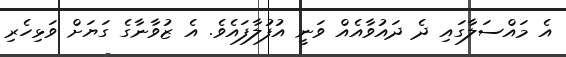
އެ މައްސަލާގައި ދެ ދައުވާއެއް ވަނީ އުފުލާފައެވެ. އެ ޒުވާނާގެ ގަޔަށް ވަޅިހެރި